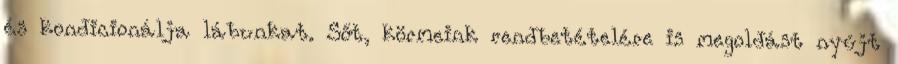
és kondicionálja lábunkat. Sőt, körmeink rendbetételére is megoldást nyújt